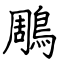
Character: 鵰